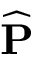
\widehat { \mathbf { P } }